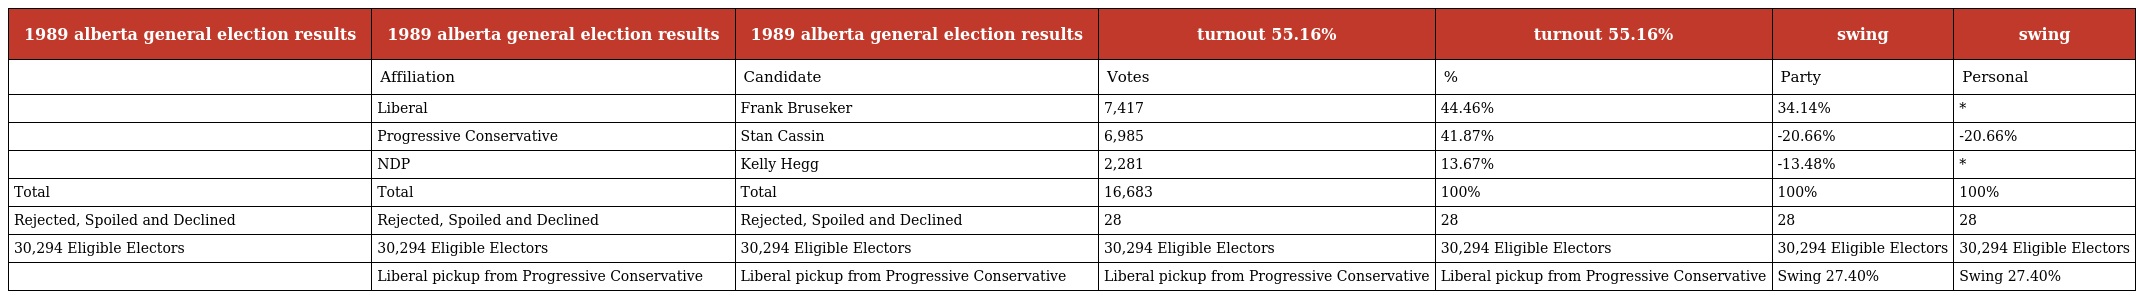
| 1989 alberta general election results | 1989 alberta general election results | 1989 alberta general election results | turnout 55.16% | turnout 55.16% | swing | swing |
 | --- | --- | --- | --- | --- | --- | --- |
 |  | Affiliation | Candidate | Votes | % | Party | Personal |
 |  | Liberal | Frank Bruseker | 7,417 | 44.46% | 34.14% | * |
 |  | Progressive Conservative | Stan Cassin | 6,985 | 41.87% | -20.66% | -20.66% |
 |  | NDP | Kelly Hegg | 2,281 | 13.67% | -13.48% | * |
 | Total | Total | Total | 16,683 | 100% | 100% | 100% |
 | Rejected, Spoiled and Declined | Rejected, Spoiled and Declined | Rejected, Spoiled and Declined | 28 | 28 | 28 | 28 |
 | 30,294 Eligible Electors | 30,294 Eligible Electors | 30,294 Eligible Electors | 30,294 Eligible Electors | 30,294 Eligible Electors | 30,294 Eligible Electors | 30,294 Eligible Electors |
 |  | Liberal pickup from Progressive Conservative | Liberal pickup from Progressive Conservative | Liberal pickup from Progressive Conservative | Liberal pickup from Progressive Conservative | Swing 27.40% | Swing 27.40% |